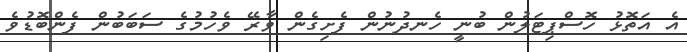
އެ އަތޮޅު ހޮސްޕިޓަލުން ބުނީ ހެނދުނުން ފެށިގެން ވާރޭ ވެހުމުގެ ސަބަބުން ފެންބޮޑުވެ